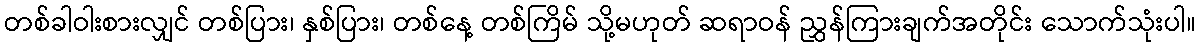
တစ်ခါဝါးစားလျှင် တစ်ပြား၊ နှစ်ပြား၊ တစ်နေ့ တစ်ကြိမ် သို့မဟုတ် ဆရာဝန် ညွှန်ကြားချက်အတိုင်း သောက်သုံးပါ။